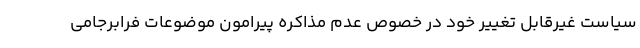
سیاست غیرقابل تغییر خود در خصوص عدم مذاکره پیرامون موضوعات فرابرجامی